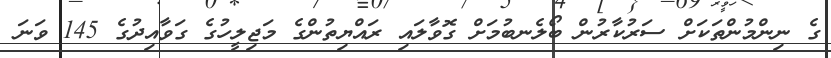
ގެ ނިންމުންތަކަށް ސަރުކާރުން ބޯލެނބުމަށް ގޮވާލައި ރައްޔިތުންގެ މަޖިލީހުގެ ގަވާއިދުގެ 145 ވަނަ